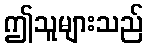
ဤသူများသည်